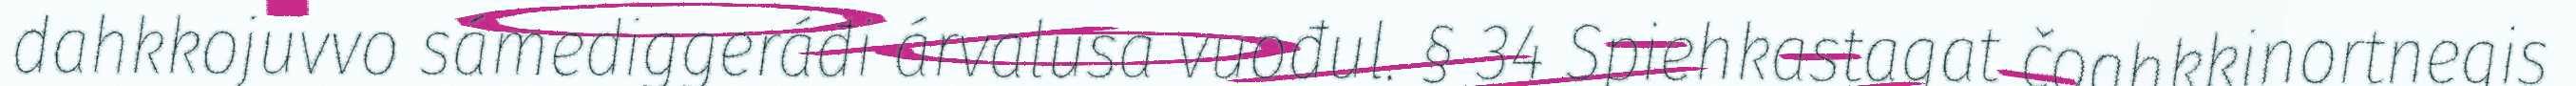
dahkkojuvvo sámediggeráđi árvalusa vuođul. § 34 Spiehkastagat čoahkkinortnegis